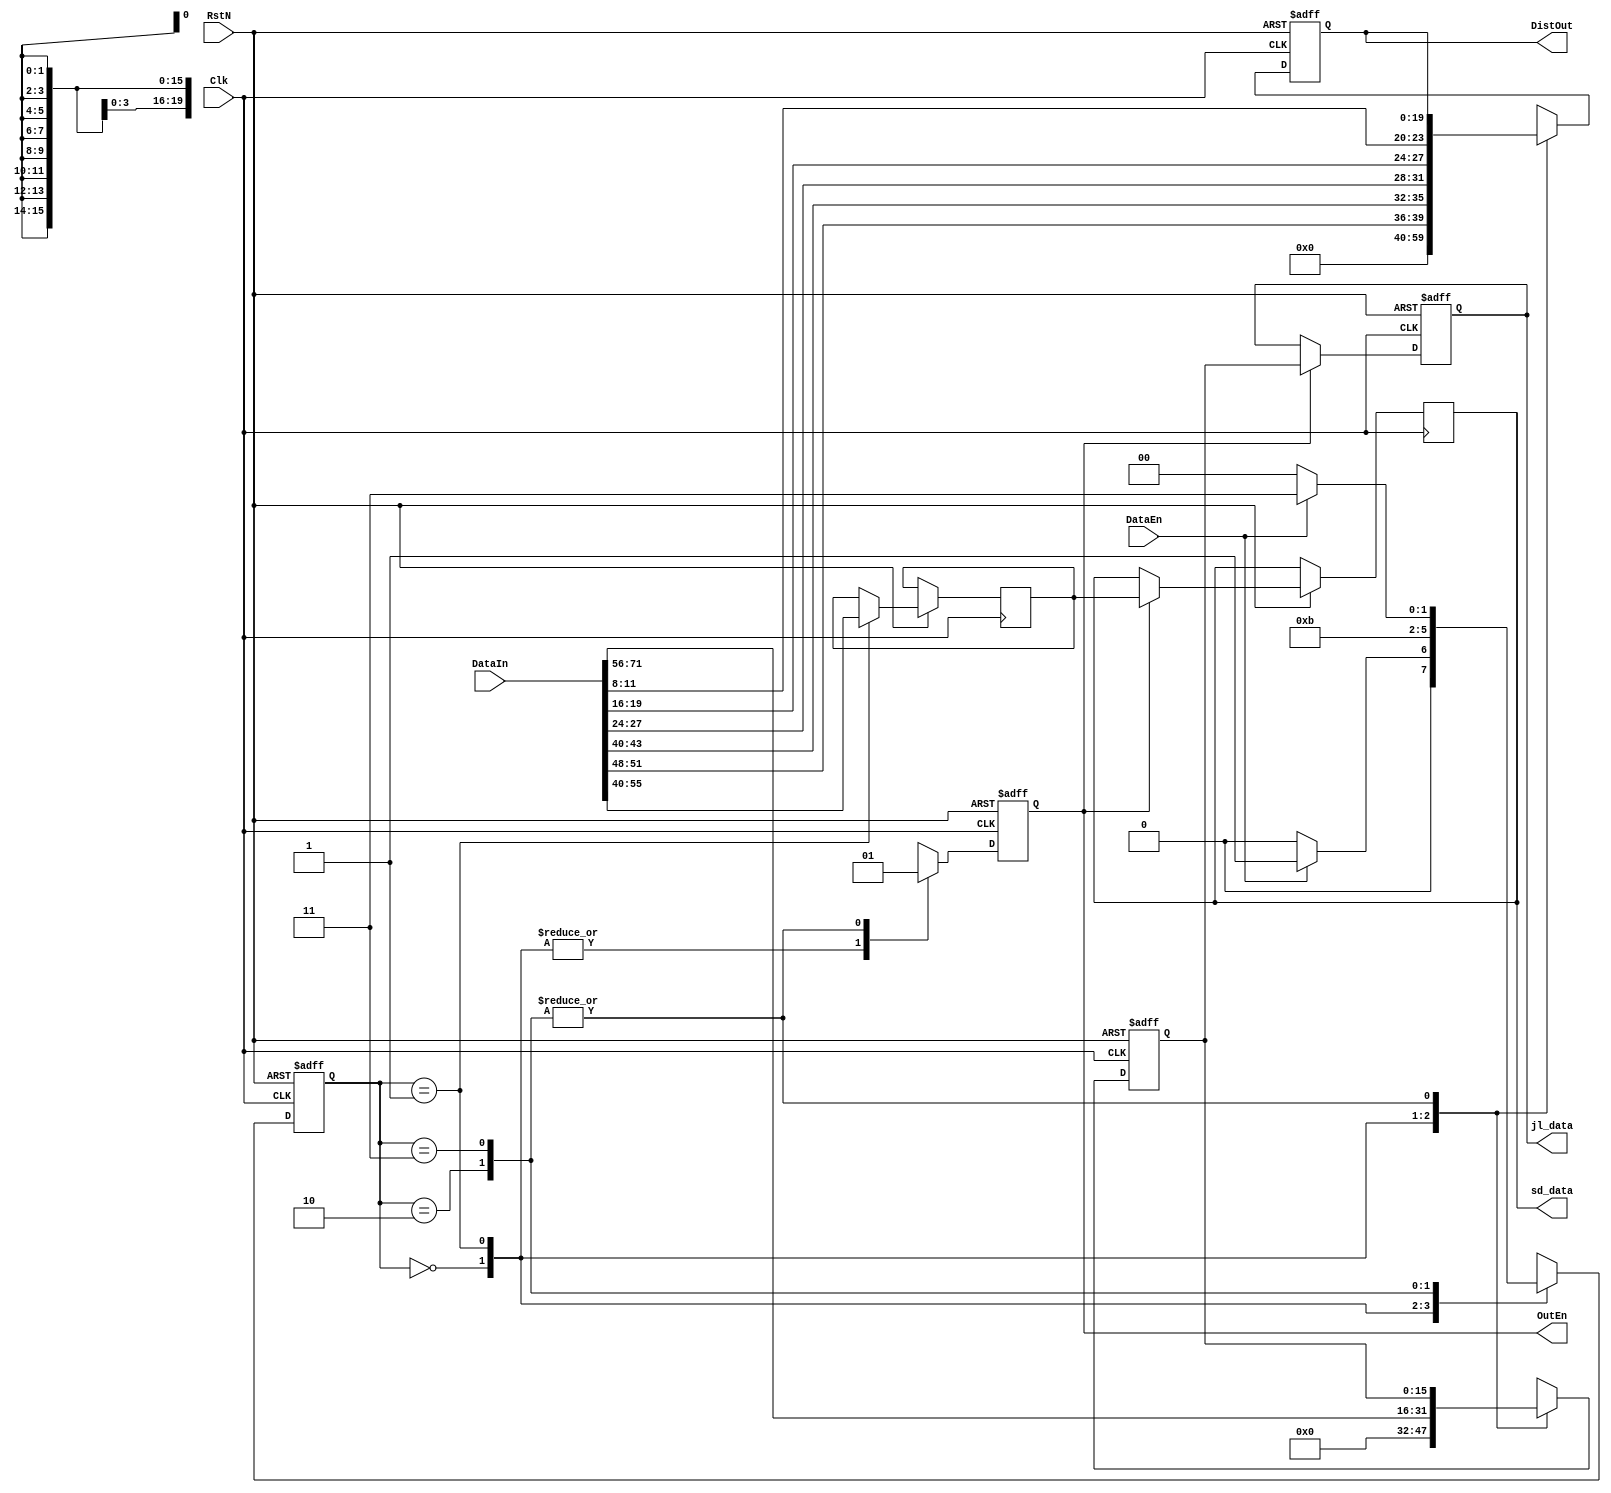

// UartRx

module RecDecode(
		Clk,
		RstN,
		DataEn,
		DataIn,
		
		OutEn,
		DistOut,	
		sd_data,	
		jl_data
		
);

	input						Clk;
	input						RstN;
	input						DataEn;		// 
	input			[103:0]	DataIn;		// 
	
	output reg				OutEn;		// 
	output reg	[19:0]	DistOut;		// 
	output reg  [15:0]	jl_data;		// 
	output reg  [15:0]	sd_data;		// 
	
	reg			[1:0]		STATE;
	reg  [15:0]	jl_data_r;
	reg  [15:0]	sd_data_r;

	parameter				IDLE = 2'b00,
								READ = 2'b01,
								SEND = 2'b10,
								RETU = 2'b11;
	
always@(posedge Clk or negedge RstN)
begin
	if (~RstN)
	begin
		OutEn <= 1'b0;
		DistOut <= 1'b0;
		jl_data_r <= 0;
		STATE  <= IDLE;
	end
	else
	begin
	
		case(STATE)
		
			IDLE:
			begin
				OutEn <= 1'b0;
				DistOut <= 1'b0;
				jl_data_r <= 1'b0;
				if (~DataEn)
				begin
					STATE <= IDLE;
				end
				else
				begin
					STATE <= READ;
				end
			end
			
			READ:
			begin
				OutEn <= 1'b0;				// 4LEDXX.XX4
				DistOut <= {DataIn[51:48],DataIn[43:40],DataIn[27:24],DataIn[19:16],DataIn[11:8]};  
				jl_data_r <= DataIn[71:56];
				sd_data_r <= DataIn[55:40];
				STATE <= SEND;
			end
	
			SEND:
			begin
				OutEn <= 1'b1;
				DistOut <= DistOut;
				jl_data_r <= jl_data_r;
				STATE <= RETU;
			end
			
			RETU:
			begin
				OutEn <= 1'b1;
				DistOut <= DistOut;
				jl_data_r <= jl_data_r;
				if (~DataEn)		// DataEnIDLE
				begin
					STATE <= IDLE;
				end
				else
				begin
					STATE <= RETU;
				end
			end
		
		endcase
	end
end

always @ ( posedge Clk or negedge RstN)
begin
	if (~RstN)
		jl_data <= 0;
	else if (OutEn)
		begin
			jl_data <= jl_data_r;
			sd_data <= sd_data_r;
		end
	else
		jl_data <= jl_data;
end

endmodule